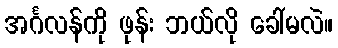
အင်္ဂလန်ကို ဖုန်း ဘယ်လို ခေါ်မလဲ။